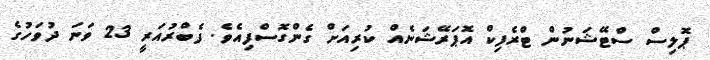
ޕޮލިސް ސްޓޭޝަނުން ޓްރެފިކް އޮޕަރޭޝަނެއް ކުރިއަށް ގެންގޮސްފިއެވެ. ފެބްރުއަރީ 23 ވަނަ ދުވަހުގެ